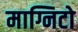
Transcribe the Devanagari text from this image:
माग्निटो